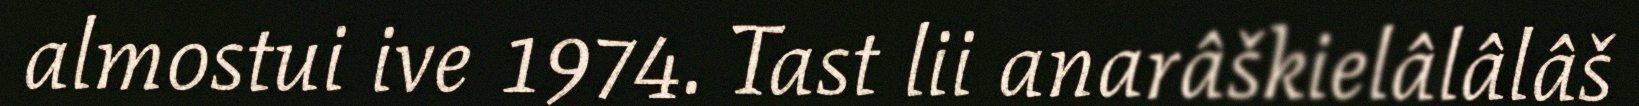
almostui ive 1974. Tast lii anarâškielâlâlâš